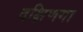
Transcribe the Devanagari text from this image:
दक्षिणगा